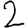
Digit: 2